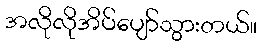
အလိုလိုအိပ်ပျော်သွားတယ်။